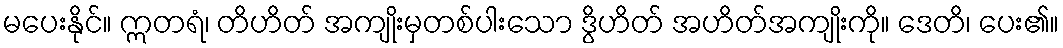
မပေးနိုင်။ ဣတရံ၊ တိဟိတ် အကျိုးမှတစ်ပါးသော ဒွိဟိတ် အဟိတ်အကျိုးကို။ ဒေတိ၊ ပေး၏။